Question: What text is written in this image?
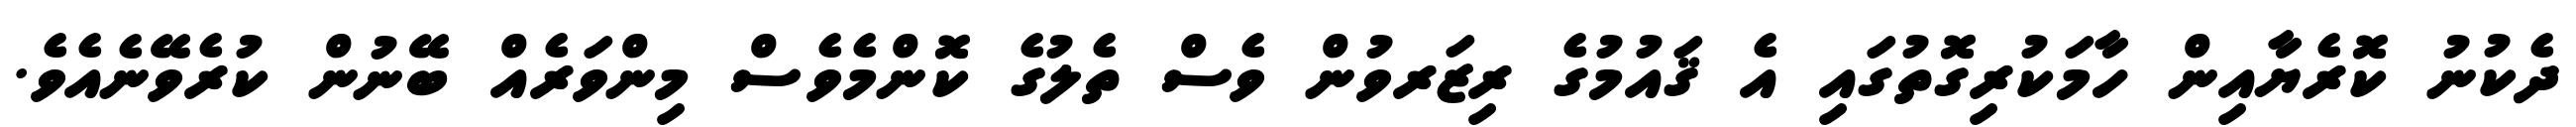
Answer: ދެކުނު ކޮރެޔާއިން ހާމަކުރިގޮތުގައި އެ ޤައުމުގެ ރިޒަރވުން ވެސް ތެލުގެ ކޮންމެވެސް މިންވަރެއް ބޭނުން ކުރެވޭނެއެވެ.